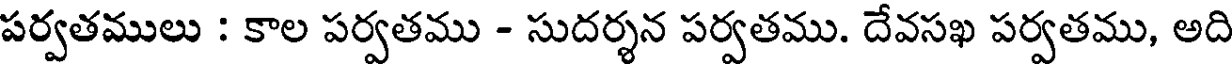
పర్వతములు : కాల పర్వతము - సుదర్శన పర్వతము. దేవసఖ పర్వతము, అది